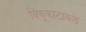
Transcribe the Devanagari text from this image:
विंचूकाटाकडे